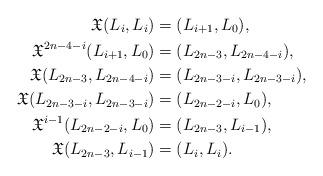
LaTeX: \begin{align*}\mathfrak{X}(L_i, L_i)&=(L_{i+1}, L_0),\\\mathfrak{X}^{2n-4-i}(L_{i+1}, L_0)&=(L_{2n-3}, L_{2n-4-i}),\\\mathfrak{X}(L_{2n-3}, L_{2n-4-i})&=(L_{2n-3-i}, L_{2n-3-i}),\\\mathfrak{X}(L_{2n-3-i}, L_{2n-3-i})&=(L_{2n-2-i}, L_{0}),\\\mathfrak{X}^{i-1}(L_{2n-2-i}, L_{0})&=(L_{2n-3}, L_{i-1}),\\\mathfrak{X}(L_{2n-3}, L_{i-1})&=(L_{i}, L_{i}).\end{align*}